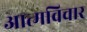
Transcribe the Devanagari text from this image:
आत्मविचार